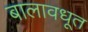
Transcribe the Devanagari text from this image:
बालावधूत